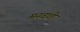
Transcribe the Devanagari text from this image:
मनवाती